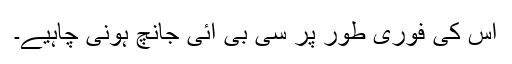
اس کی فوری طور پر سی بی آئی جانچ ہونی چاہیے۔